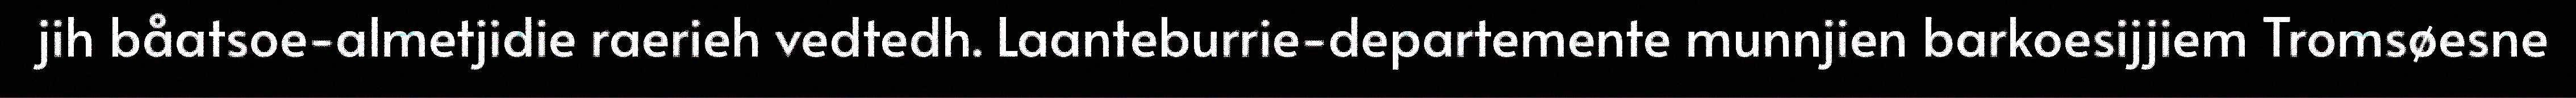
jih båatsoe-almetjidie raerieh vedtedh. Laanteburrie-departemente munnjien barkoesijjiem Tromsøesne